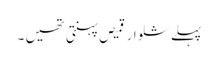
پہلے شلوار قمیص پہنتی تھیں ۔